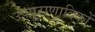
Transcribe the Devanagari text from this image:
उपपुराणादिकों